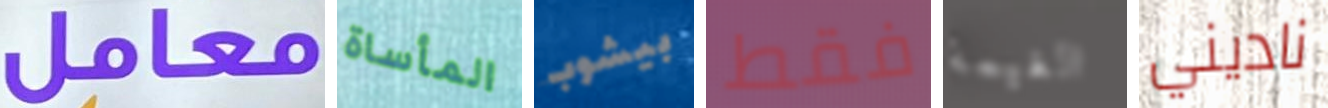
معامل المأساة بيشوب فقط الغيمة ناديني